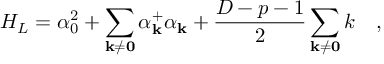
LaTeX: H _ { L } = \alpha _ { 0 } ^ { 2 } + \sum _ { \bf { k \neq 0 } } \alpha _ { \bf k } ^ { + } \alpha _ { \bf k } + \frac { D - p - 1 } { 2 } \sum _ { \bf { k \neq 0 } } k \quad ,